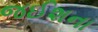
જઈશના